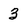
Character: 3